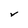
Character: V